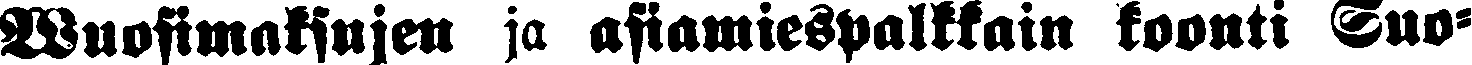
Vuosimaksujen ja asiamiespalkkain koonti Suo-